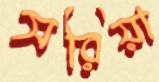
সরিয়া